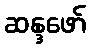
ဆန္ဒဖော်